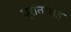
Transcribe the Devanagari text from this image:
प्रांतांसह